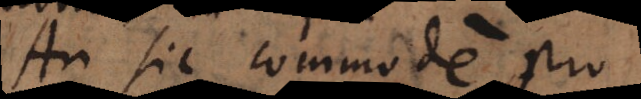
An sic commode pro